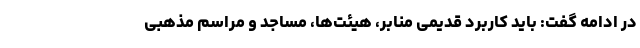
در ادامه گفت: باید کاربرد قدیمی منابر، هیئت‌ها، مساجد و مراسم مذهبی